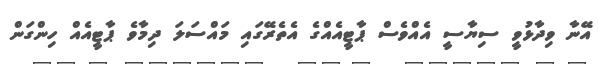
އޭނާ ވިދާޅުވީ ސިޔާސީ އެއްވެސް ޕާޓީއެއްގެ އެތެރޭގައި މައްސަލަ ދިމާވެ ޕާޓީއެއް ހިންގަން